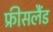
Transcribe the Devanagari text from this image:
फ्रीसलैंड